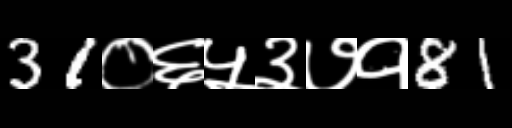
Text: 31०६५३७१81